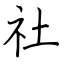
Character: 社